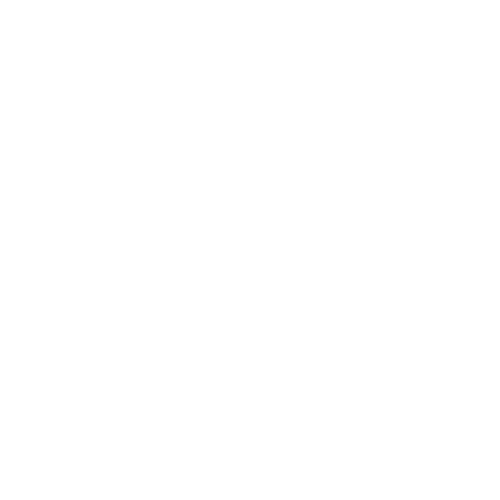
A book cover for Veterinary dermatology; Frank Kral; Medical Books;